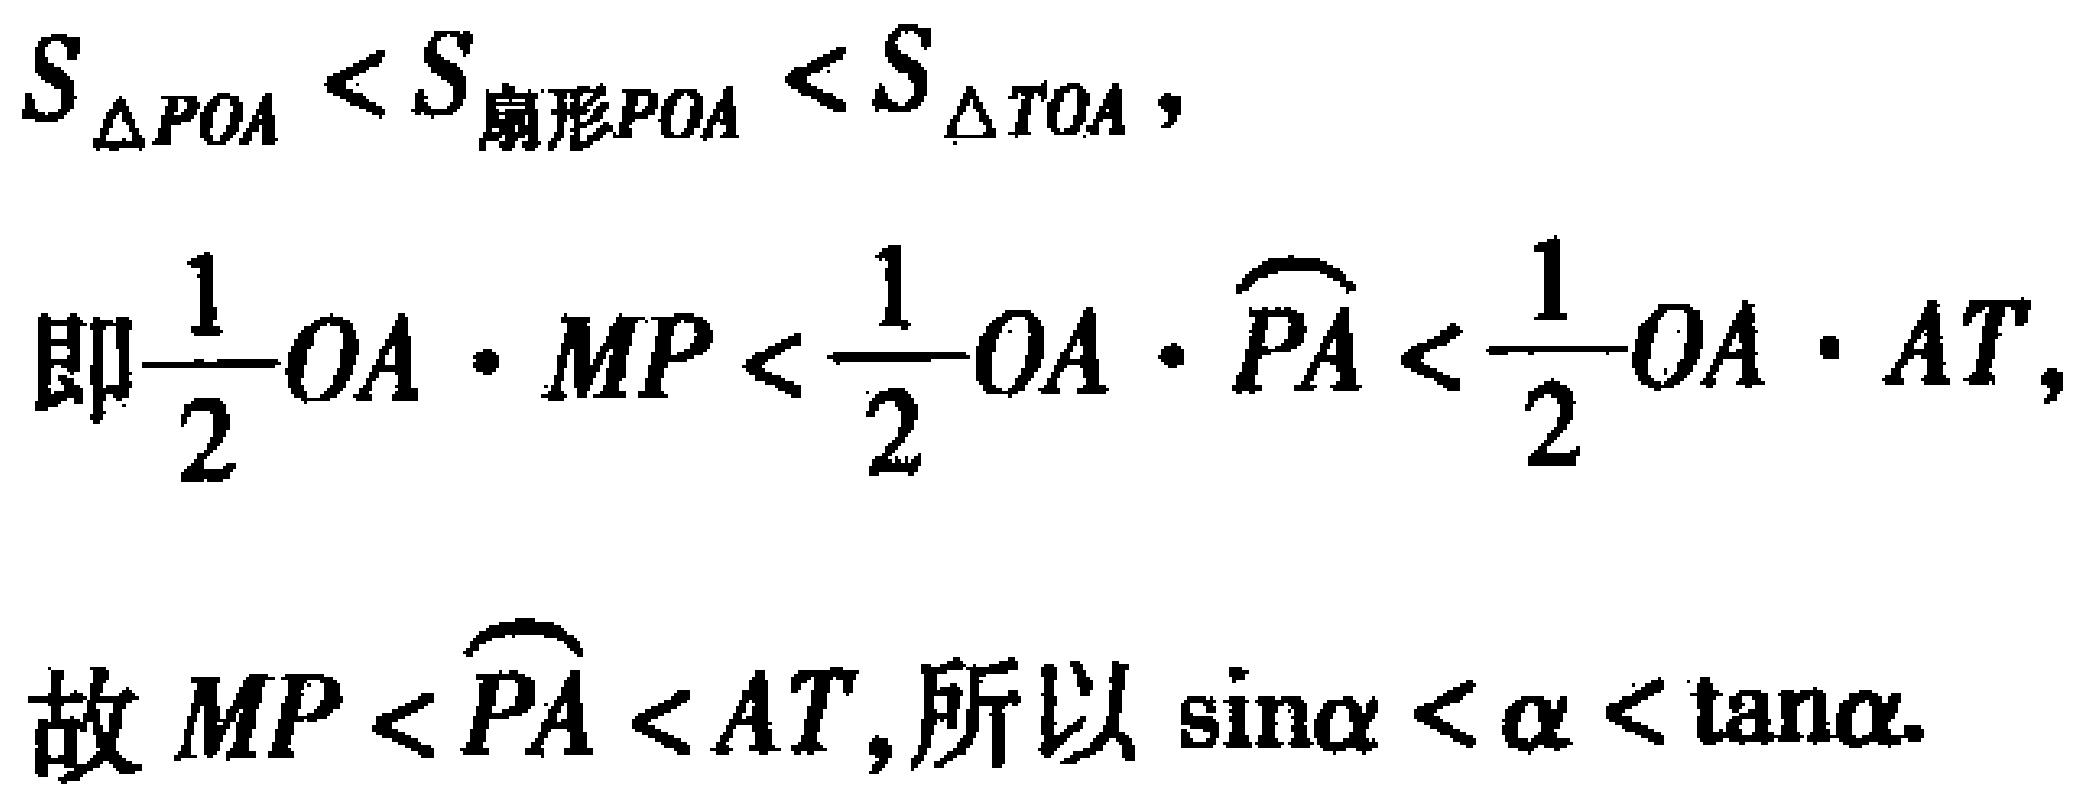
\[
S_{\triangle POA}<S_{扇形POA}<S_{\triangle TOA},
\]
\[
即\frac{1}{2}OA\cdot MP<\frac{1}{2}OA\cdot \overset{\frown}{PA}<\frac{1}{2}OA\cdot AT,
\]
\[
故 MP<\overset{\frown}{PA}<AT,所以\sin\alpha<\alpha<\tan\alpha.
\]